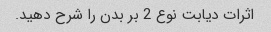
اثرات دیابت نوع 2 بر بدن را شرح دهید.